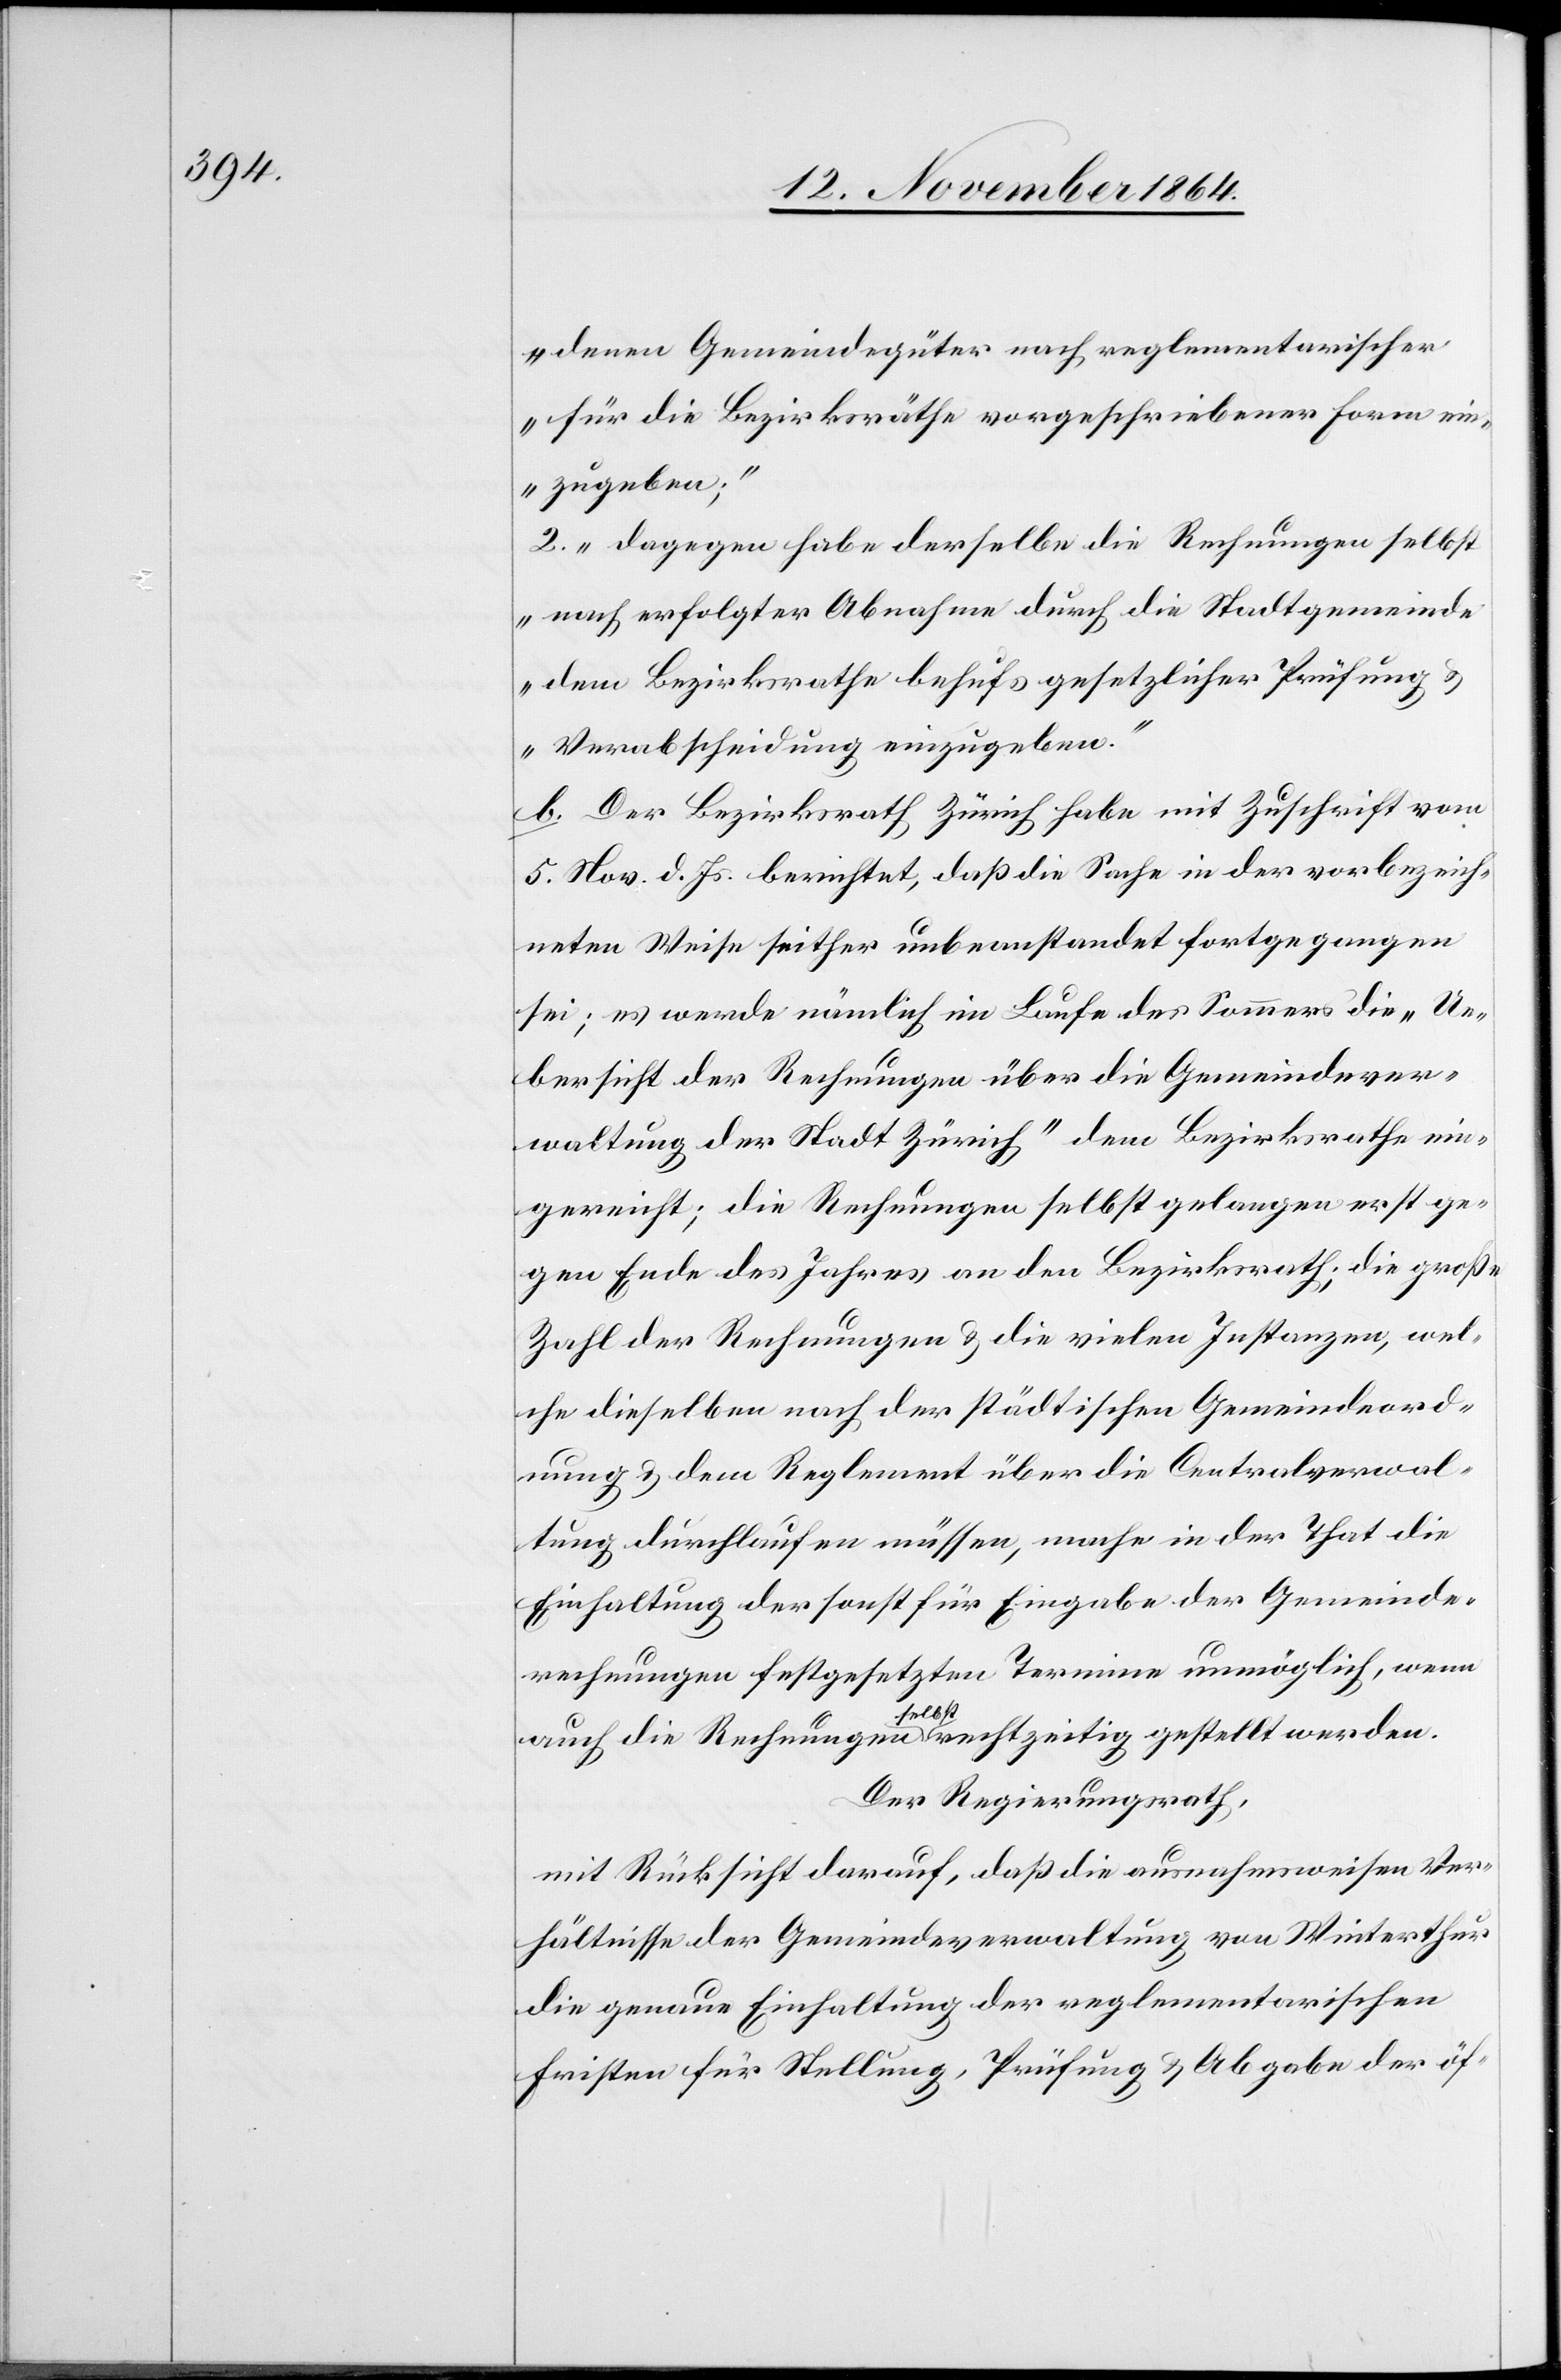
denen Gemeindegüter nach reglementarischer
für die Bezirksräthe vorgeschriebener Form ein¬
zugeben;“
2. „dagegen habe derselbe die Rechnungen selbst
nach erfolgter Abnahme durch die Stadtgemeinde
dem Bezirksrathe behufs gesetzlicher Prüfung
& Verabscheidung einzugeben.“
b. Der Bezirksrath Zürich habe mit Zuschrift vom
5. Nov. d. Js. berichtet, daß die Sache in der vorbezeich¬
neten Weise seither unbeanstandet fortgegangen
sei; es werde nämlich im Laufe des Sommers die „Ue¬
bersicht der Rechnungen über die Gemeindever¬
waltung der Stadt Zürich“ dem Bezirksrathe ein¬
gereicht; die Rechnungen selbst gelangen erst ge¬
gen Ende des Jahres an den Bezirksrath; die große
Zahl der Rechnungen & die vielen Instanzen, wel¬
che dieselben nach der städtischen Gemeindeord¬
nung & dem Reglement über die Centralverwal¬
tung durchlaufen müssen, mache in der That die
Einhaltung der sonst für Eingabe der Gemeinde¬
rechnungen festgesetzten Termine unmöglich, wenn
auch die Rechnungen a-selbst-a rechtzeitig gestellt werden.
Der Regierungsrath,
mit Rücksicht darauf, daß die ausnahmsweisen Ver¬
hältnisse der Gemeindeverwaltung von Winterthur
die genaue Einhaltung der reglementarischen
Fristen für Stellung, Prüfung & Abgabe der öf-